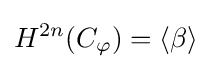
H^{2n}(C_{\varphi })=\langle \beta \rangle